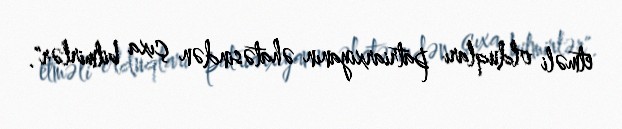
etməli olduqları patriarxiyanın əhatəsindən çıxa bilmirlər".